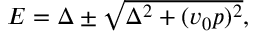
\begin{array} { r } { E = \Delta \pm \sqrt { \Delta ^ { 2 } + ( v _ { 0 } p ) ^ { 2 } } , } \end{array}